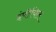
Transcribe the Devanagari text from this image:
इंपीयिल